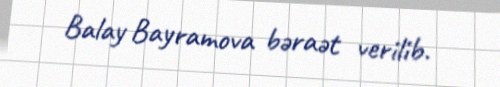
Balay Bayramova bəraət verilib.